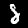
Label: 8